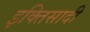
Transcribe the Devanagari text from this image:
इक्तिसादी